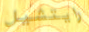
رايتشيل